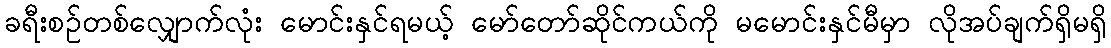
ခရီးစဉ်တစ်လျှောက်လုံး မောင်းနှင်ရမယ့် မော်တော်ဆိုင်ကယ်ကို မမောင်းနှင်မီမှာ လိုအပ်ချက်ရှိမရှိ